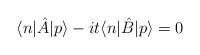
LaTeX: \begin{align*}\langle n|\hat{A}|p\rangle - it\langle n|\hat{B}|p\rangle = 0\end{align*}